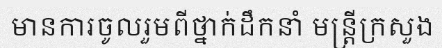
មានការចូលរួមពីថ្នាក់ដឹកនាំ មន្ត្រីក្រសួង